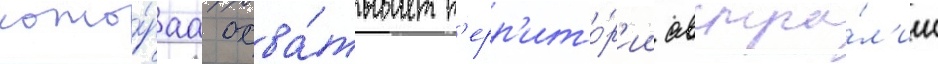
кото́раа охва́тывает т'ерр'ито́р'ии австра́л'ии